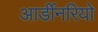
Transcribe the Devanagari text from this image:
आर्डीनरियो